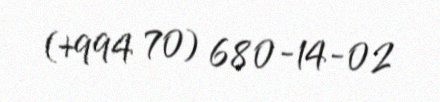
(+994 70) 680-14-02